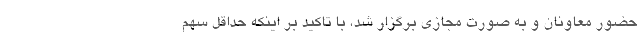
حضور معاونان و به صورت مجازی برگزار شد، با تاکید بر اینکه حداقل سهم